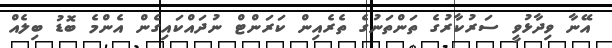
އޭނާ ވިދާޅުވީ ސަރުކާރުގެ ތަންތަނުގެ ތެރެއިން ކަރަންޓް ނުދައްކައިގެން އެންމެ ބޮޑު ބިލެއް